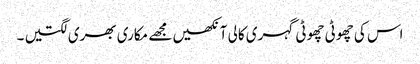
اس کی چھوٹی چھوٹی گہری کالی آنکھیں مجھے مکاری بھری لگتیں ۔